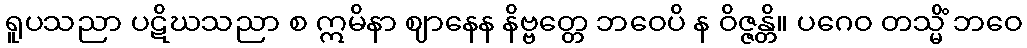
ရူပသညာ ပဋိဃသညာ စ ဣမိနာ ဈာနေန နိဗ္ဗတ္တေ ဘဝေပိ န ဝိဇ္ဇန္တိ။ ပဂေဝ တသ္မိံ ဘဝေ